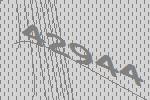
42944